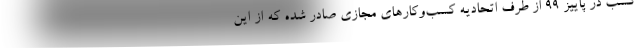
کسب در پاییز ۹۹ از طرف اتحادیه کسب‌وکارهای مجازی صادر شده که از این